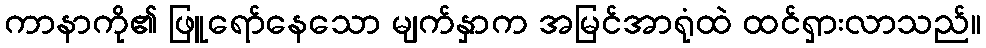
ကာနာကို၏ ဖြူရော်နေသော မျက်နှာက အမြင်အာရုံထဲ ထင်ရှားလာသည်။